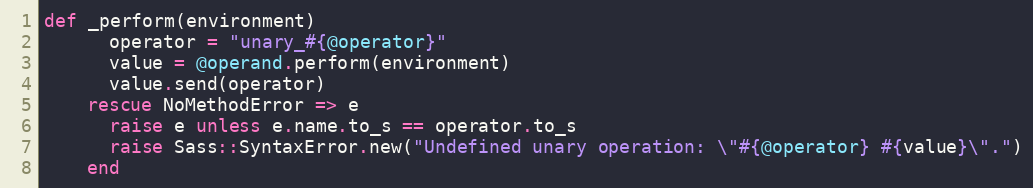
Language: Ruby
def _perform(environment)
      operator = "unary_#{@operator}"
      value = @operand.perform(environment)
      value.send(operator)
    rescue NoMethodError => e
      raise e unless e.name.to_s == operator.to_s
      raise Sass::SyntaxError.new("Undefined unary operation: \"#{@operator} #{value}\".")
    end